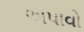
અપાવો